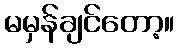
မမှန်ချင်တော့။